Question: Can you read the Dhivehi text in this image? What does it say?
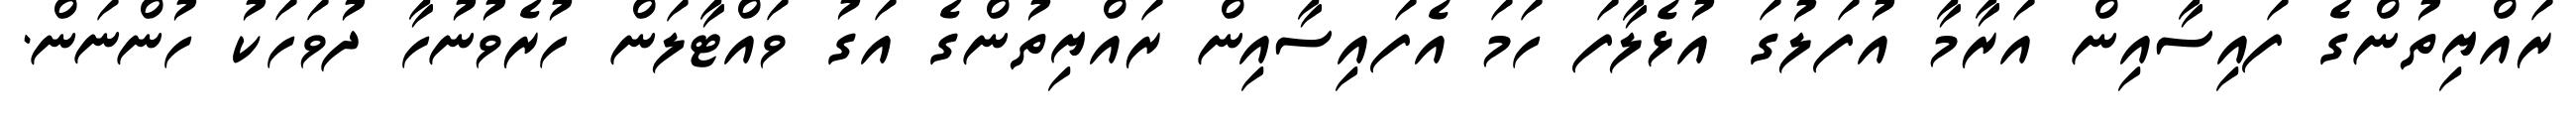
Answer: ރައްޔިތުންގެ ފައިސާއިން އަރާމާ އުފަލުގަ އުޅެލާފަ ހަމަ އެފައިސާއިން ރައްޔިތުންގެ އަގު ވައްޓާލަން ހުރެވުނުހާ ދުވަހަކު ހުންނަން.